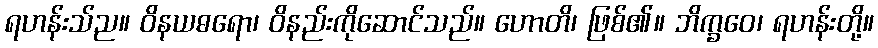
ရဟန်းသ်ည။ ဝိနယဓရော၊ ဝိနည်းကိုဆောင်သည်။ ဟောတိ၊ ဖြစ်၏။ ဘိက္ခဝေ၊ ရဟန်းတို့။